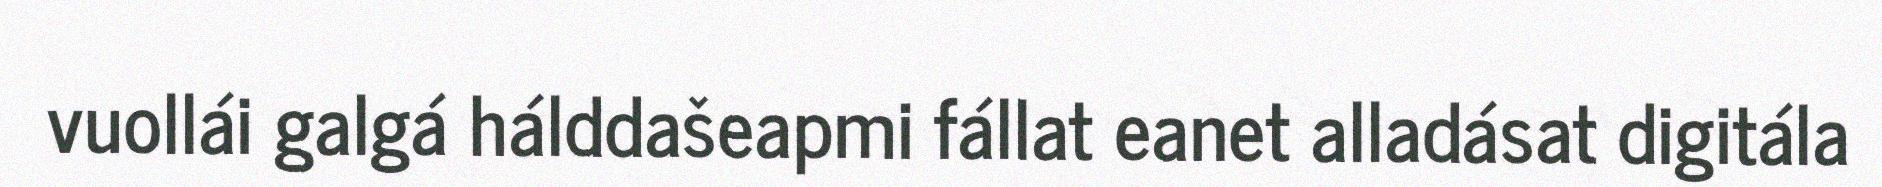
vuollái galgá hálddašeapmi fállat eanet alladásat digitála